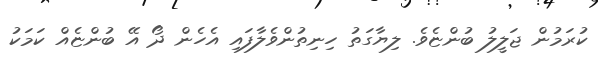
ކުރަމުން ޖަލީލު ބުންޏެވެ. ލިޔާގަތު ހިނިތުންވެލާފައި އެހެން ދޯ އޭ ބުންޏެއް ކަމަކު